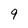
Character: 9